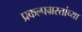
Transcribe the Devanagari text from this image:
प्रकल्पग्रस्तांच्या